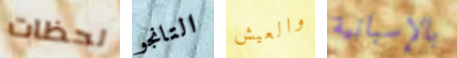
لحظات التانجو والعيش بالإسبانية